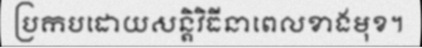
ប្រកបដោយសន្តិវិធីនាពេលខាងមុខ។